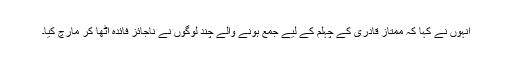
انہوں نے کہا کہ ممتاز قادری کے چہلم کے لیے جمع ہونے والے چند لوگوں نے ناجائز فائدہ اٹھا کر مارچ کیا۔